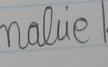
Signature authenticity: forged